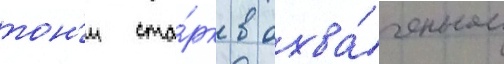
тон'и ста́рк в охва́ченном